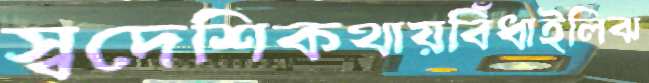
স্বদেশিকথায়বিঁধাইলিঝ